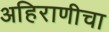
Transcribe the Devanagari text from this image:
अहिराणीचा